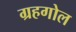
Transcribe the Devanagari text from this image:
ग्रहगोल